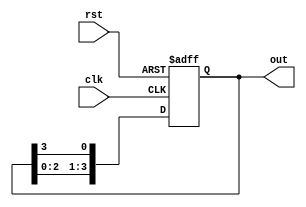
module ring_counter_moore #(
    parameter N = 4  // Number of bits in the ring counter
)(
    input wire clk,         // Clock input
    input wire rst,         // Asynchronous reset input
    output reg [N-1:0] out  // Output of the ring counter
);

    // Initial state of the counter
    initial begin
        out = 1'b1; // Initialize to State 0 (000...001)
    end

    // Sequential logic for the ring counter
    always @(posedge clk or posedge rst) begin
        if (rst) begin
            // On reset, initialize to State 0
            out <= 1'b1; // Set first flip-flop to '1'
        end else begin
            // Shift logic to move '1' to the next position
            out <= {out[N-2:0], out[N-1]}; // Shift left
        end
    end

endmodule